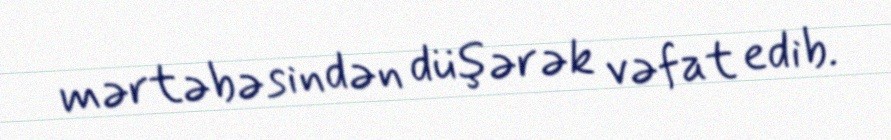
mərtəbəsindən düşərək vəfat edib.